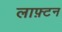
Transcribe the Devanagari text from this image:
लाफ़्टन